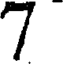
7